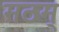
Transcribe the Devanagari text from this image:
मठम्